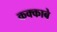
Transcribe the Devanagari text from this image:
कक्‍काबे